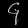
Digit: ၄